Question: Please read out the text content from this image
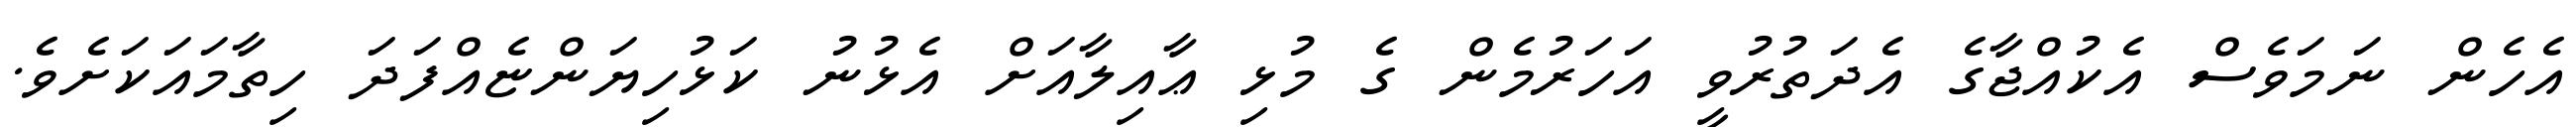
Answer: އެހެން ނަމަވެސް އެކުއްޖާގެ އެދަތުރުވީ އަހަރުމެން ގެ މުޅި ޢާއިލާއަށް އެޅުނު ކަޅުހިޔަންޏެއްފަދަ ހިތާމައަކަށެވެ.